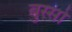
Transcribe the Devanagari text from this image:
बुस्सो